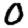
Digit: 0